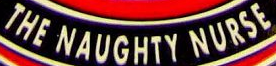
THE NAUGHTY NURSE